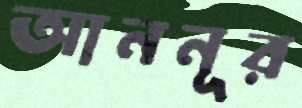
আননূর